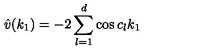
\hat { v } ( k _ { 1 } ) = - 2 \sum _ { l = 1 } ^ { d } \cos c _ { l } k _ { 1 }